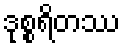
ဒုစ္စရိတဿ